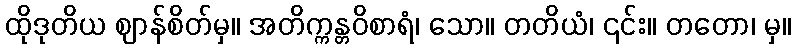
ထိုဒုတိယ ဈာန်စိတ်မှ။ အတိက္ကန္တဝိစာရံ၊ သော။ တတိယံ၊ ၎င်း။ တတော၊ မှ။